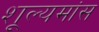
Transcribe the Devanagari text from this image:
शूल्यमांस